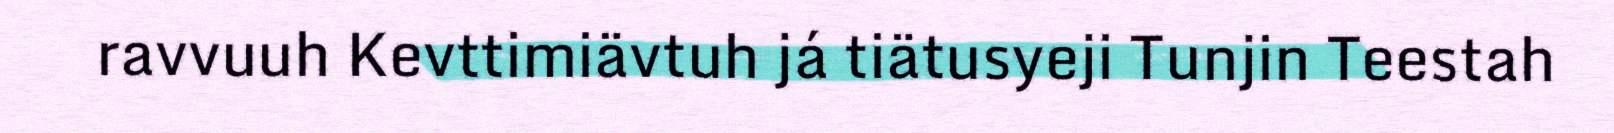
ravvuuh Kevttimiävtuh já tiätusyeji Tunjin Teestah